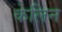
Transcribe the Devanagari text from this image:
केलिन